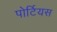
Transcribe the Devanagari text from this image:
पोर्टियस